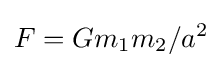
F=Gm_{1}m_{2}/a^{2}